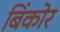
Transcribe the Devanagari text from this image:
बिंकोर